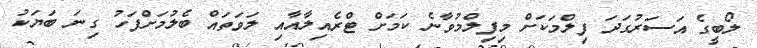
ލޯބީގެ އަސަރުގަދަ ފިލްމަކަށް މިފިލްމުވާނެ ކަމަށް ޓްރެއިލާއާއި ލަވަތައް ބެލުމަށްފަހު ގިނަ ބަޔަކު